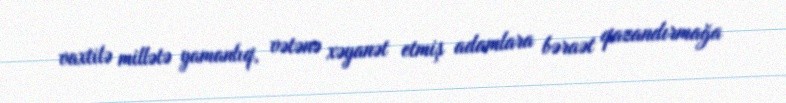
vaxtilə millətə yamanlıq, vətənə xəyanət etmiş adamlara bəraət qazandırmağa